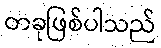
တခုဖြစ်ပါသည်